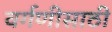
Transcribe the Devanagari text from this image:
वर्गणीसाठी